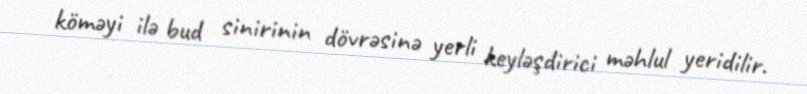
köməyi ilə bud sinirinin dövrəsinə yerli keyləşdirici məhlul yeridilir.